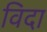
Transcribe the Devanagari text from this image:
विदा